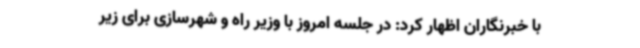
با خبرنگاران اظهار کرد: در جلسه امروز با وزیر راه و شهرسازی برای زیر